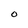
Character: O